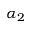
\alpha _ { 2 }